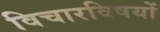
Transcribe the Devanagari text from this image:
विचारविषयों